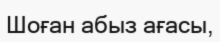
Шоған абыз ағасы,